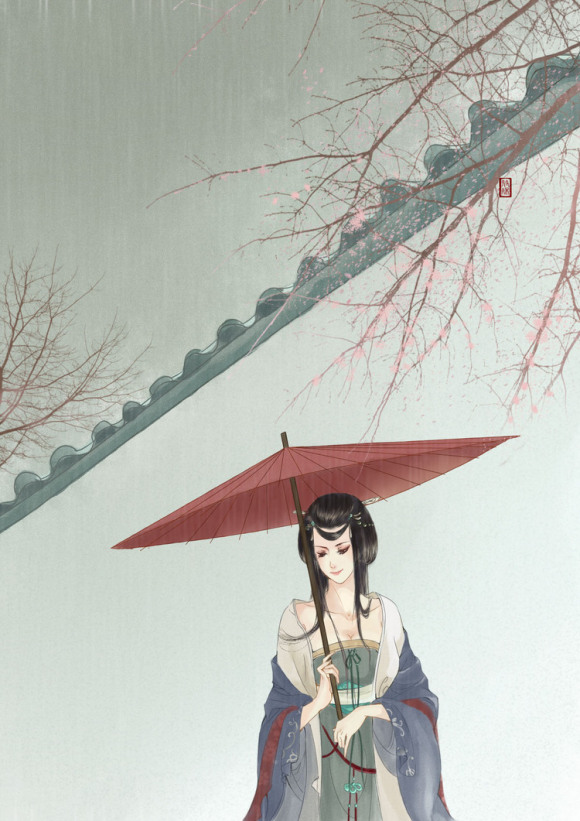
含愁独倚闺帏，玉炉烟断香微。